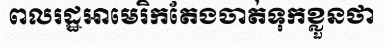
ពលរដ្ឋអាមេរិកតែងចាត់ទុកខ្លួនថា